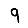
Digit: 9